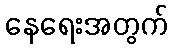
နေရေးအတွက်